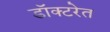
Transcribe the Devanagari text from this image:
डॉक्टरेत